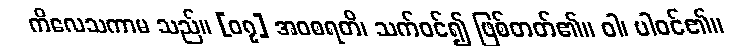
ကိလေသကာမ သည်။ [၀၇] အဝစရတိ၊ သက်ဝင်၍ ဖြစ်တတ်၏။ ဝါ၊ ပါဝင်၏။